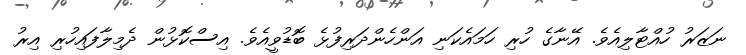
ނަޒަރު ހުއްޓާލިއެވެ. އޭނާގެ ހުރި ހަމައެކަނި އަންހެންދަރިފުޅެ ބޮޑުވީއެވެ. އިސްކޮޅުން ދެމިލާފައިހުރި އިރު